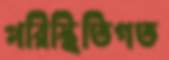
পরিস্থিতিগত